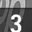
Digit: 3